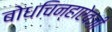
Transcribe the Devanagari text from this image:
बोधचिन्हाऐवजी